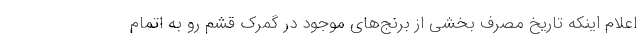
اعلام اینکه تاریخ مصرف بخشی از برنج‌های موجود در گمرک قشم رو به اتمام